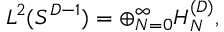
{ \cal L } ^ { 2 } ( S ^ { D - 1 } ) = \oplus _ { N = 0 } ^ { \infty } H _ { N } ^ { ( D ) } ,